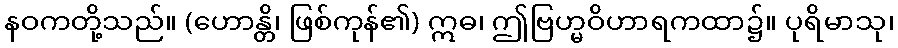
နဝကတို့သည်။ (ဟောန္တိ၊ ဖြစ်ကုန်၏) ဣဓ၊ ဤဗြဟ္မဝိဟာရကထာ၌။ ပုရိမာသု၊